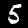
Digit: 5